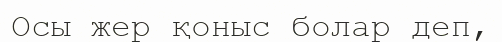
Осы жер қоныс болар деп,